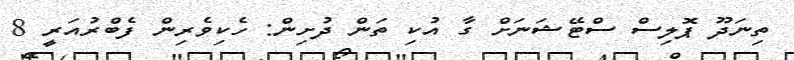
ތިނަދޫ ޕޮލިސް ސްޓޭޝަނަށް ގާ އުކި ތަން ދުށިން: ހެކިވެރިން ފެބްރުއަރީ 8